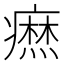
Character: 𤺣